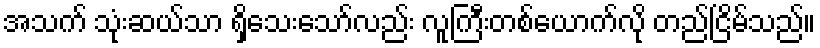
အသက် သုံးဆယ်သာ ရှိသေးသော်လည်း လူကြီးတစ်ယောက်လို တည်ငြိမ်သည်။